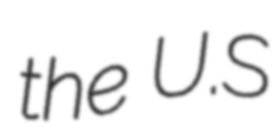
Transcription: the U.S